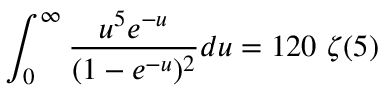
\int _ { 0 } ^ { \infty } \frac { u ^ { 5 } e ^ { - u } } { ( 1 - e ^ { - u } ) ^ { 2 } } d u = 1 2 0 ~ \zeta ( 5 )